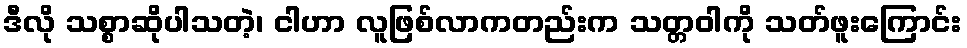
ဒီလို သစ္စာဆိုပါသတဲ့၊ ငါဟာ လူဖြစ်လာကတည်းက သတ္တဝါကို သတ်ဖူးကြောင်း